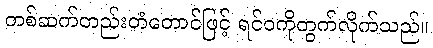
တစ်ဆက်တည်းတံတောင်ဖြင့် ရင်ဝကိုတွက်လိုက်သည်။